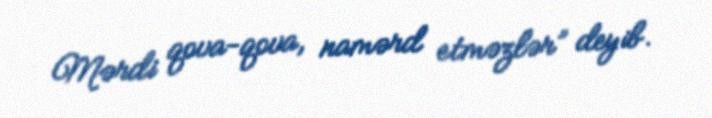
Mərdi qova-qova, namərd etməzlər” deyib.